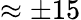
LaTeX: \approx\pm 15